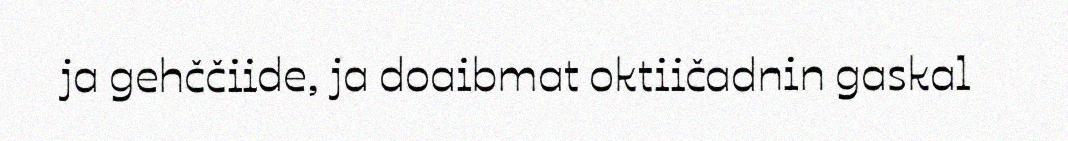
ja gehččiide, ja doaibmat oktiičadnin gaskal